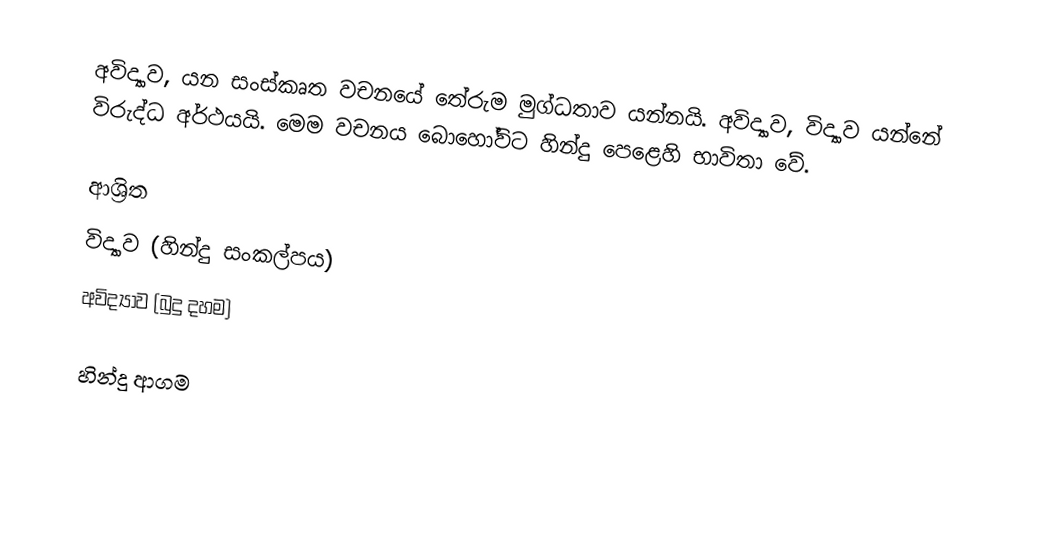
අවිද්‍යාව, යන සංස්කෘත වචනයේ තේරුම මුග්ධතාව යන්නයි. අවිද්‍යාව, විද්‍යාව යන්නේ විරුද්ධ අර්ථයයි. මෙම වචනය බොහෝවිට හින්දු පෙළෙහි භාවිතා වේ.

ආශ්‍රිත
 විද්‍යාව (හින්දු සංකල්පය)
 අවිද්‍යාව (බුදු දහම)

හින්දු ආගම